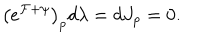
\big ( e ^ { \cal F + \psi } \big ) _ { p } d \lambda = d J _ { p } = 0 .